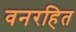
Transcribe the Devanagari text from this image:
वनरहित